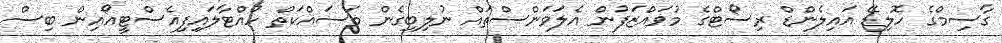
ގާސިމްގެ ހޮލިޑޭ އައިލެންޑް ރިސޯޓްގެ މުވައްޒަފުން އެލަވަންސްތައް ނުލިބިގެން މަސައްކަތް ހުއްޓާލައިފިއެސްޓީއޯއިން ބިސް